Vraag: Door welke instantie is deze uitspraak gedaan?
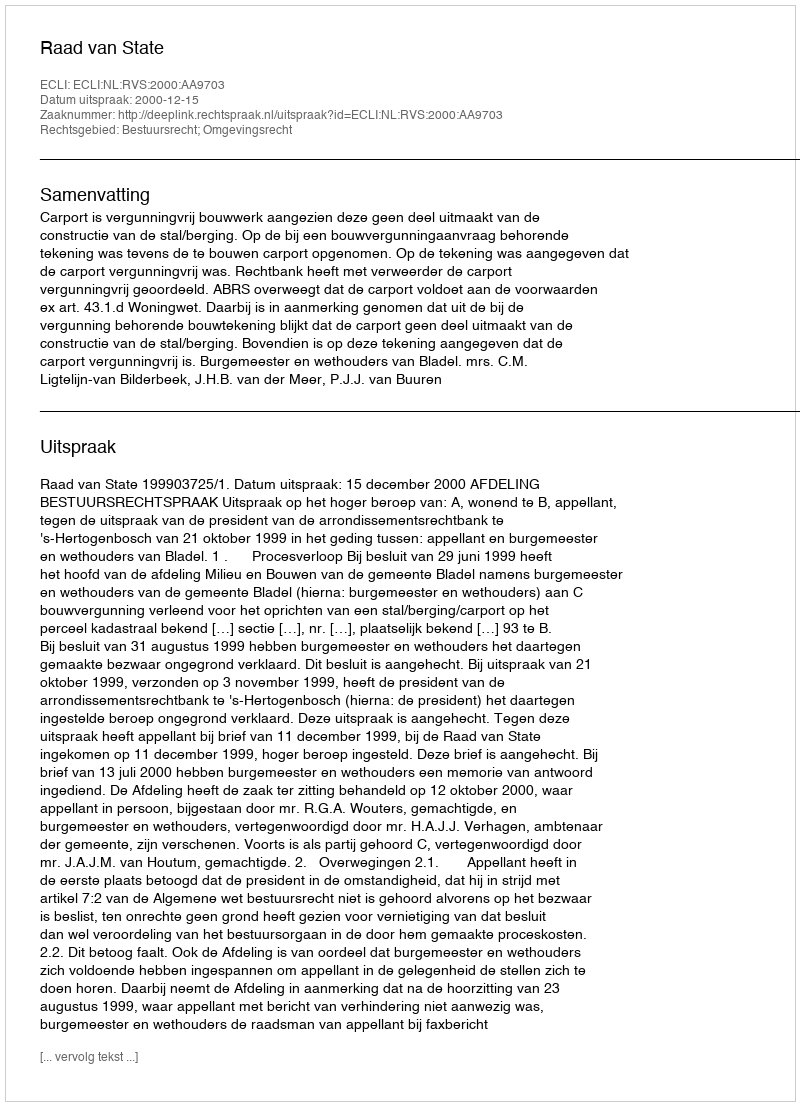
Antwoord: Raad van State